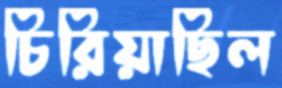
চিরিয়াছিল